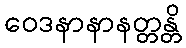
ဝေဒနာနာနတ္တန္တိ